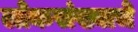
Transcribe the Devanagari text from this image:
लोकसंख्याचे